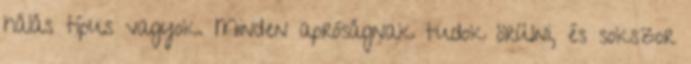
hálás típus vagyok. Minden apróságnak tudok örülni, és sokszor